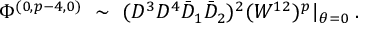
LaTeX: \Phi ^ { ( 0 , p - 4 , 0 ) } ~ \sim ~ ( D ^ { 3 } D ^ { 4 } \bar { D } _ { 1 } \bar { D } _ { 2 } ) ^ { 2 } ( W ^ { 1 2 } ) ^ { p } \vert _ { \theta = 0 } \; .